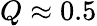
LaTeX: Q\approx 0.5